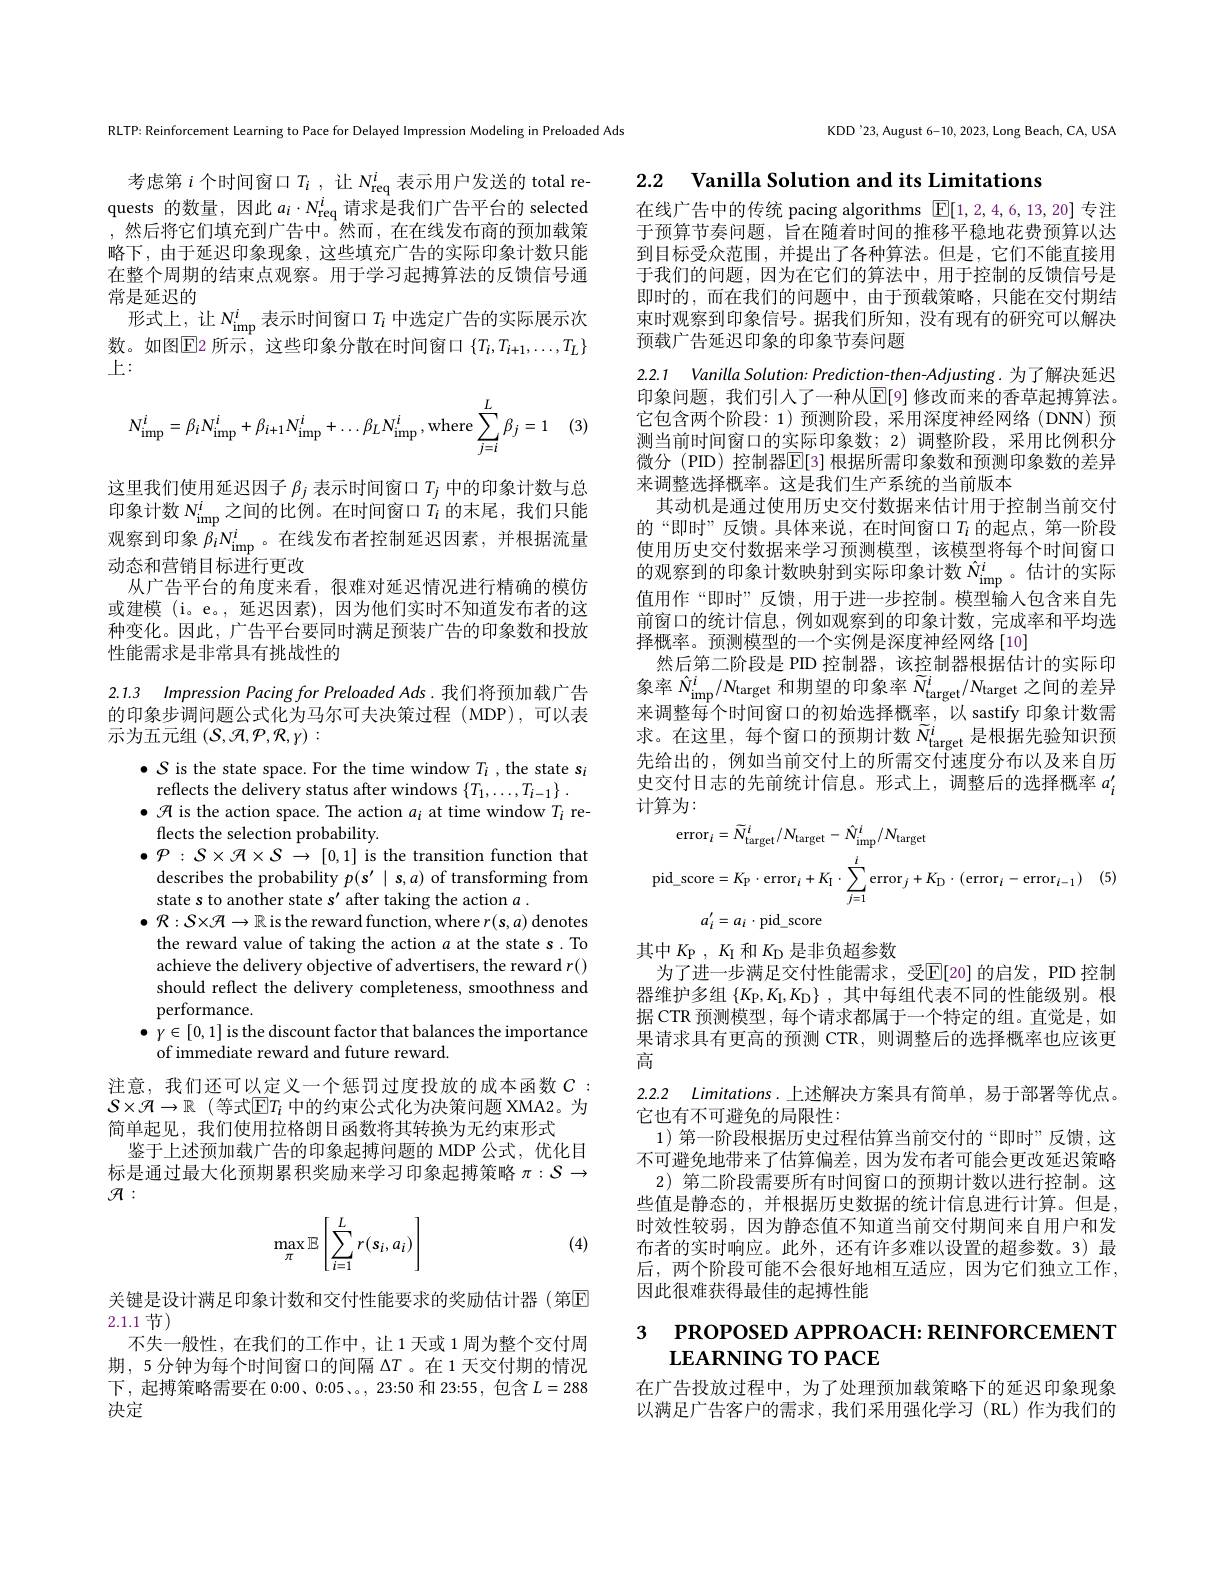
RLTP: Reinforcement Learning to Pace for Delayed Impression Modeling in Preloaded Ads

考虑第$i$个时间窗口$T_i$,让$N_\mathrm{req}^i$表示用户发送的 total requests 的数量，因此$a_i\cdot N_\mathrm{req}^i$请求是我们广告平台的 selected ,然后将它们填充到广告中。然而，在在线发布商的预加载策略下，由于延迟印象现象，这些填充广告的实际印象计数只能在整个周期的结束点观察。用于学习起搏算法的反馈信号通常是延迟的
形式上，让$N_\mathrm{imp}^i$表示时间窗口$T_i$中选定广告的实际展示次数。如图$\overline{\mathbb{E}}$2 所示，这些印象分散在时间窗口 $\{T_i,T_{i+1},\ldots,T_L\}$ 上：
$$N_{\mathrm{imp}}^{i}=\beta_{i}N_{\mathrm{imp}}^{i}+\beta_{i+1}N_{\mathrm{imp}}^{i}+\ldots\beta_{L}N_{\mathrm{imp}}^{i}\:,\mathrm{where}\sum_{j=i}^{L}\beta_{j}=1$$
. (3)
这里我们使用延迟因子$\beta_j$表示时间窗口$T_j$中的印象计数与总印象计数$N_\mathrm{imp}^i$之间的比例。在时间窗口$\acute{T}_i$的末尾，我们只能观察到印象$\beta_iN_{\operatorname*{imp}}^i$。在线发布者控制延迟因素，并根据流量动态和营销目标进行更改
从广告平台的角度来看，很难对延迟情况进行精确的模仿或建模 (i。e。, 延迟因素), 因为他们实时不知道发布者的这种变化。因此，广告平台要同时满足预装广告的印象数和投放性能需求是非常具有挑战性的
2.1.3 Impression Pacing for Preloaded Ads .我们将预加载广告

的印象步调问题公式化为马尔可夫决策过程 (MDP),可以表
示为五元组(S,{$\mathcal H ,{\mathcal P},{\mathcal R},{\mathcal Y}):$

$\bullet{\mathcal{S}}$ is the state space. For the time window $T_i$ , the state s$_i$
reflects the delivery status after windows $\{T_1,\ldots,T_{i-1}\}$
$\bullet{\mathcal{H}}$ is the action space. The action $a_i$ at time window $T_i$ re-
flects the selection probability
$\bullet P:S\times\mathcal{A}\times\mathcal{S}\to[0,1]$ is the transition function that
describes the probability $p(s^\prime\mid s,a)$ of transforming from
state s to another state s' after taking the action $a$
$\bullet{\mathcal{R}}:S\times{\mathcal{H}}\to\mathbb{R}$ is the reward function, where $r(\mathbf{s},a)$ denotes the reward value of taking the action $a$ at the state s.To achieve the delivery objective of advertisers, the reward $r()$ should reflect the delivery completeness, smoothness and performance.
$\bullet$ $\gamma \in [ 0, 1]$ is the discount factor that balances the importance
of immediate reward and future reward.

注意，我们还可以定义一个惩罚过度投放的成本函数$C:$ $S\times\mathcal{H}\to\mathbb{R}$ (等式$\mathbb{E}T_i$ 中的约束公式化为决策问题 XMA2。为简单起见，我们使用拉格朗日函数将其转换为无约束形式
鉴于上述预加载广告的印象起搏问题的 MDP 公式，优化目标是通过最大化预期累积奖励来学习印象起搏策略$\pi:\mathcal{S}\to$ $\mathcal{H}:$
$$\max_\pi\mathbb{E}\left[\sum_{i=1}^Lr(s_i,a_i)\right]$$
(4)

## 关键是设计满足印象计数和交付性能要求的奖励估计器(第$\overline{\mathrm{E}}$ 2.1.1 节)

不失一般性，在我们的工作中，让1天或 1周为整个交付周期，5 分钟为每个时间窗口的间隔$\Delta T$ 。在 1 天交付期的情况下，起搏策略需要在 0:00、0:05、。, 23:50 和 23:55, 包含$L=288$ 决定

KDD'23, August 6-10, 2023, Long Beach, CA, USA

2.2 Vanilla Solution and its Limitations

在线广告中的传统 pacing algorithms $\boxed{\mathbb{E}}[1,2,4,6,13,20]$专注于预算节奏问题，旨在随着时间的推移平稳地花费预算以达到目标受众范围，并提出了各种算法。但是，它们不能直接用于我们的问题，因为在它们的算法中，用于控制的反馈信号是即时的，而在我们的问题中，由于预载策略，只能在交付期结束时观察到印象信号。据我们所知，没有现有的研究可以解决预载广告延迟印象的印象节奏问题

2.2.1 $VanillaSolution: Prediction- then- Adjusting.$为了解决延迟

印象问题，我们引人了一种从$\operatorname{\overline{E}[9]}$ 修改而来的香草起搏算法。它包含两个阶段：1) 预测阶段，采用深度神经网络(DNN) 预测当前时间窗口的实际印象数；2)调整阶段，采用比例积分微分 (PID) 控制器$\overline{\mathbb{E}}[3]$ 根据所需印象数和预测印象数的差异来调整选择概率。这是我们生产系统的当前版本
其动机是通过使用历史交付数据来估计用于控制当前交付的“即时”反馈。具体来说，在时间窗口$T_i$ 的起点，第一阶段使用历史交付数据来学习预测模型，该模型将每个时间窗口的观察到的印象计数映射到实际印象计数$\hat{N}_\mathrm{imp}^i$。估计的实际值用作“即时”反馈，用于进一步控制。模型输人包含来自先前窗口的统计信息，例如观察到的印象计数，完成率和平均选择概率。预测模型的一个实例是深度神经网络[10]
然后第二阶段是 PID 控制器，该控制器根据估计的实际印象率$\hat{N}_\mathrm{imp}^i/N_\mathrm{target}$和期望的印象率$\tilde{N}_\mathrm{target}^i/N_\mathrm{target}$之间的差异来调整每个时间窗口的初始选择概率，以 sastify 印象计数需求。在这里，每个窗口的预期计数 $\tilde{N}_\mathrm{target}^i$是根据先验知识预先给出的，例如当前交付上的所需交付速度分布以及来自历史交付日志的先前统计信息。形式上，调整后的选择概率$a_i^{\prime}$ 计算为：
$$\begin{aligned}\mathrm{error}_{i}&=\widetilde{N}_{\mathrm{target}}^{i}/N_{\mathrm{target}}-\hat{N}_{\mathrm{imp}}^{i}/N_{\mathrm{target}}\\\mathrm{oid}_{-}\mathrm{score}&=K_{\mathrm{P}}\cdot\mathrm{error}_{i}+K_{1}\cdot\sum_{j=1}^{i}\mathrm{error}_{j}+K_{\mathrm{D}}\cdot(\mathrm{error}_{i}-\mathrm{error}_{i-1})\quad(5)\\\end{aligned}$$
其中$K_\mathrm{P},K_\mathrm{I}$和$K_\mathrm{D}$是非负超参数
为了进一步满足交付性能需求，受$\mathbb{E}[20]$ 的启发，PID 控制器维护多组$\{ K_{\mathrm{P} }, K_{\mathrm{I} }, K_{\mathrm{D} }\}$ ,其中每组代表不同的性能级别。根据 CTR 预测模型，每个请求都属于一个特定的组。直觉是，如果请求具有更高的预测 CTR,则调整后的选择概率也应该更高

2.2.2 $Limitations.$上述解决方案具有简单，易于部署等优点
它也有不可避免的局限性：
1)第一阶段根据历史过程估算当前交付的“即时”反馈，这不可避免地带来了估算偏差，因为发布者可能会更改延迟策略
2) 第二阶段需要所有时间窗口的预期计数以进行控制。这些值是静态的，并根据历史数据的统计信息进行计算。但是时效性较弱，因为静态值不知道当前交付期间来自用户和发布者的实时响应。此外，还有许多难以设置的超参数。3) 最后，两个阶段可能不会很好地相互适应，因为它们独立工作， 因此很难获得最佳的起搏性能

# 3 PROPOSED APPROACH: REINFORCEMENT LEARNING TO PACE

在广告投放过程中，为了处理预加载策略下的延迟印象现象以满足广告客户的需求，我们采用强化学习(RL)作为我们的